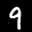
Digit: 9